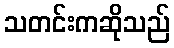
သတင်းကဆိုသည်